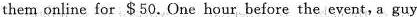
them online for $50. One hour before the event,a guy